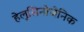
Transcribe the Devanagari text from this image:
हेलुसिनोजेनिक